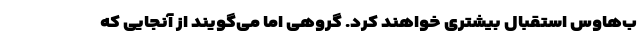
ب‌هاوس استقبال بیشتری خواهند کرد. گروهی اما می‌گویند از آنجایی که